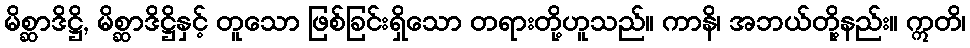
မိစ္ဆာဒိဋ္ဌိ, မိစ္ဆာဒိဋ္ဌိနှင့် တူသော ဖြစ်ခြင်းရှိသော တရားတို့ဟူသည်။ ကာနိ၊ အဘယ်တို့နည်း။ ဣတိ၊